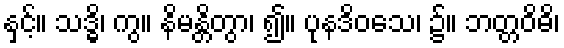
နှင့်။ သဒ္ဓိ၊ ကွ။ နိမန္တိတွာ၊ ၍။ ပုနဒိဝသေ၊ ၌။ ဘတ္တဝိဓိ၊